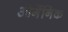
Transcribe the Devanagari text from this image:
ओर्गेनिक